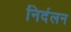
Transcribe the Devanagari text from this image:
निर्दलन